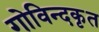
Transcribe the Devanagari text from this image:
गोविन्दकृत